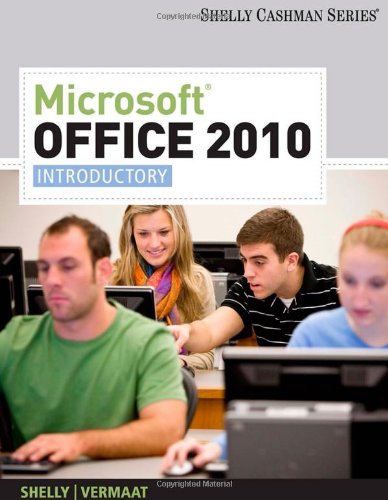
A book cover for Microsoft Office 2010: Introductory (Available Titles Skills Assessment Manager (SAM) - Office 2010); Gary B. Shelly; Computers & Technology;